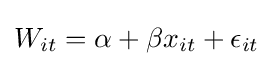
W_{it}=\alpha +\beta {x_{it}}+\epsilon _{it}